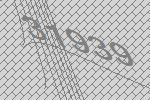
31939